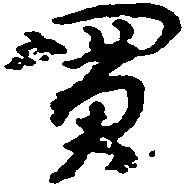
買